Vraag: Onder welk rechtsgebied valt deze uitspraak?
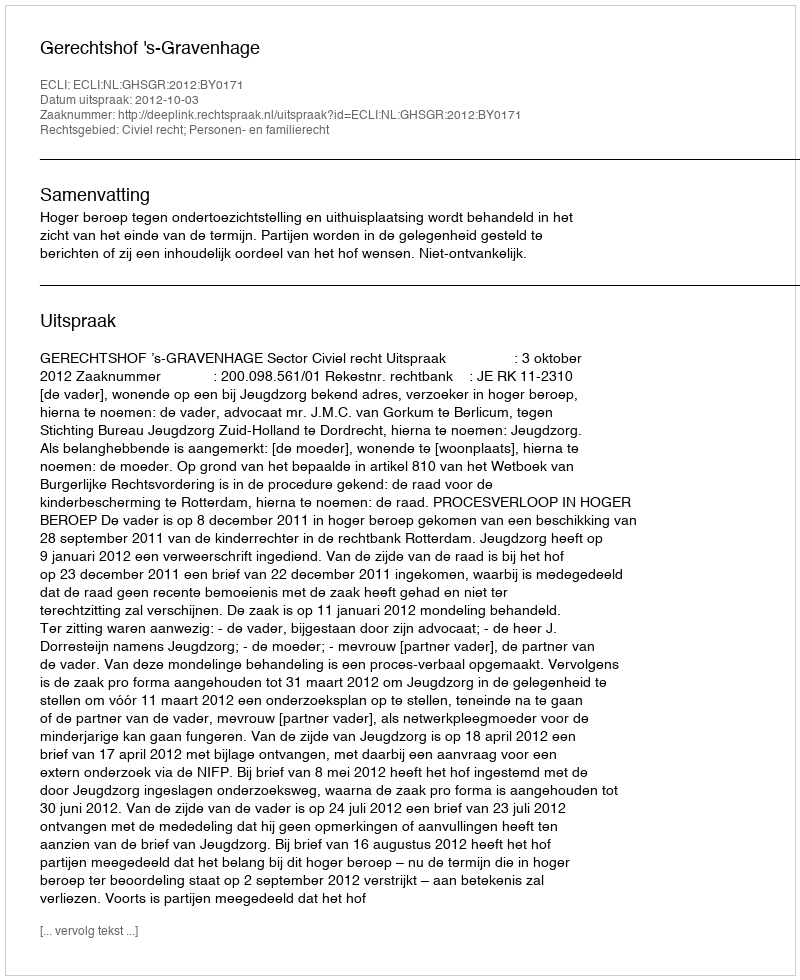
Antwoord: Civiel recht; Personen- en familierecht